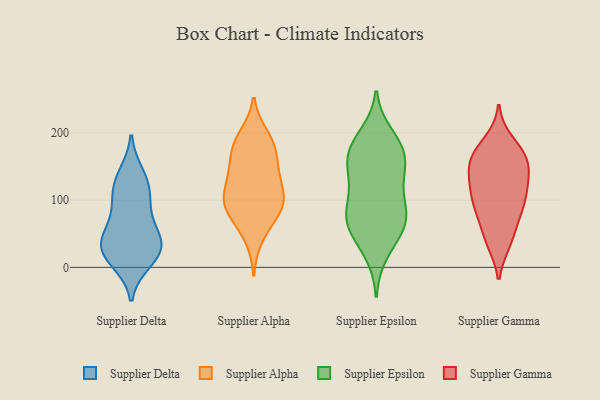
{"axis": {"x": "Humidity (%)", "y": "Value"}, "legend": ["Supplier Alpha", "Supplier Delta", "Supplier Epsilon", "Supplier Gamma"], "data": [{"x": "", "y": 66, "type": "Supplier Delta"}, {"x": "", "y": 137, "type": "Supplier Delta"}, {"x": "", "y": 90, "type": "Supplier Delta"}, {"x": "", "y": 33, "type": "Supplier Delta"}, {"x": "", "y": 45, "type": "Supplier Delta"}, {"x": "", "y": 10, "type": "Supplier Delta"}, {"x": "", "y": 22, "type": "Supplier Delta"}, {"x": "", "y": 30, "type": "Supplier Delta"}, {"x": "", "y": 120, "type": "Supplier Delta"}, {"x": "", "y": 27, "type": "Supplier Delta"}, {"x": "", "y": 116, "type": "Supplier Delta"}, {"x": "", "y": 65, "type": "Supplier Alpha"}, {"x": "", "y": 104, "type": "Supplier Alpha"}, {"x": "", "y": 191, "type": "Supplier Alpha"}, {"x": "", "y": 43, "type": "Supplier Alpha"}, {"x": "", "y": 197, "type": "Supplier Alpha"}, {"x": "", "y": 87, "type": "Supplier Alpha"}, {"x": "", "y": 93, "type": "Supplier Alpha"}, {"x": "", "y": 154, "type": "Supplier Alpha"}, {"x": "", "y": 122, "type": "Supplier Alpha"}, {"x": "", "y": 91, "type": "Supplier Alpha"}, {"x": "", "y": 88, "type": "Supplier Alpha"}, {"x": "", "y": 158, "type": "Supplier Alpha"}, {"x": "", "y": 178, "type": "Supplier Alpha"}, {"x": "", "y": 102, "type": "Supplier Alpha"}, {"x": "", "y": 180, "type": "Supplier Alpha"}, {"x": "", "y": 132, "type": "Supplier Alpha"}, {"x": "", "y": 135, "type": "Supplier Alpha"}, {"x": "", "y": 74, "type": "Supplier Epsilon"}, {"x": "", "y": 86, "type": "Supplier Epsilon"}, {"x": "", "y": 102, "type": "Supplier Epsilon"}, {"x": "", "y": 43, "type": "Supplier Epsilon"}, {"x": "", "y": 141, "type": "Supplier Epsilon"}, {"x": "", "y": 174, "type": "Supplier Epsilon"}, {"x": "", "y": 143, "type": "Supplier Epsilon"}, {"x": "", "y": 197, "type": "Supplier Epsilon"}, {"x": "", "y": 21, "type": "Supplier Epsilon"}, {"x": "", "y": 66, "type": "Supplier Epsilon"}, {"x": "", "y": 151, "type": "Supplier Epsilon"}, {"x": "", "y": 183, "type": "Supplier Epsilon"}, {"x": "", "y": 55, "type": "Supplier Epsilon"}, {"x": "", "y": 180, "type": "Supplier Epsilon"}, {"x": "", "y": 75, "type": "Supplier Epsilon"}, {"x": "", "y": 125, "type": "Supplier Epsilon"}, {"x": "", "y": 77, "type": "Supplier Epsilon"}, {"x": "", "y": 167, "type": "Supplier Epsilon"}, {"x": "", "y": 170, "type": "Supplier Gamma"}, {"x": "", "y": 85, "type": "Supplier Gamma"}, {"x": "", "y": 44, "type": "Supplier Gamma"}, {"x": "", "y": 41, "type": "Supplier Gamma"}, {"x": "", "y": 173, "type": "Supplier Gamma"}, {"x": "", "y": 38, "type": "Supplier Gamma"}, {"x": "", "y": 156, "type": "Supplier Gamma"}, {"x": "", "y": 83, "type": "Supplier Gamma"}, {"x": "", "y": 112, "type": "Supplier Gamma"}, {"x": "", "y": 131, "type": "Supplier Gamma"}, {"x": "", "y": 122, "type": "Supplier Gamma"}, {"x": "", "y": 159, "type": "Supplier Gamma"}, {"x": "", "y": 187, "type": "Supplier Gamma"}, {"x": "", "y": 165, "type": "Supplier Gamma"}, {"x": "", "y": 148, "type": "Supplier Gamma"}, {"x": "", "y": 110, "type": "Supplier Gamma"}, {"x": "", "y": 135, "type": "Supplier Gamma"}, {"x": "", "y": 89, "type": "Supplier Gamma"}, {"x": "", "y": 88, "type": "Supplier Gamma"}]}